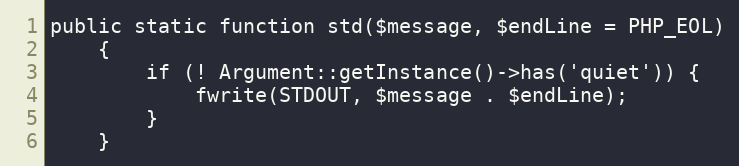
Language: PHP
public static function std($message, $endLine = PHP_EOL)
    {
        if (! Argument::getInstance()->has('quiet')) {
            fwrite(STDOUT, $message . $endLine);
        }
    }